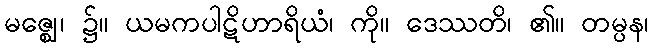
မဇ္ဈေ၊ ၌။ ယမကပါဋိဟာရိယံ၊ ကို။ ဒေဿတိ၊ ၏။ တမ္ပန၊